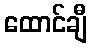
ထောင်ချီ